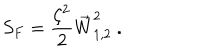
S _ { F } = \frac { \zeta ^ { 2 } } { 2 } \vec { W } _ { 1 , 2 } ^ { 2 } ~ .